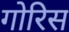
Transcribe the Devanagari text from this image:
गोरिस